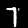
Digit: 7